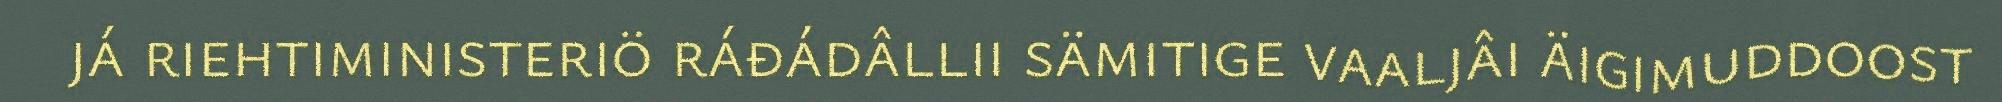
já riehtiministeriö ráđádâllii sämitige vaaljâi äigimuddoost